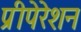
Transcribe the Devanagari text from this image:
प्रीपेरेशन